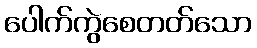
ပေါက်ကွဲစေတတ်သော